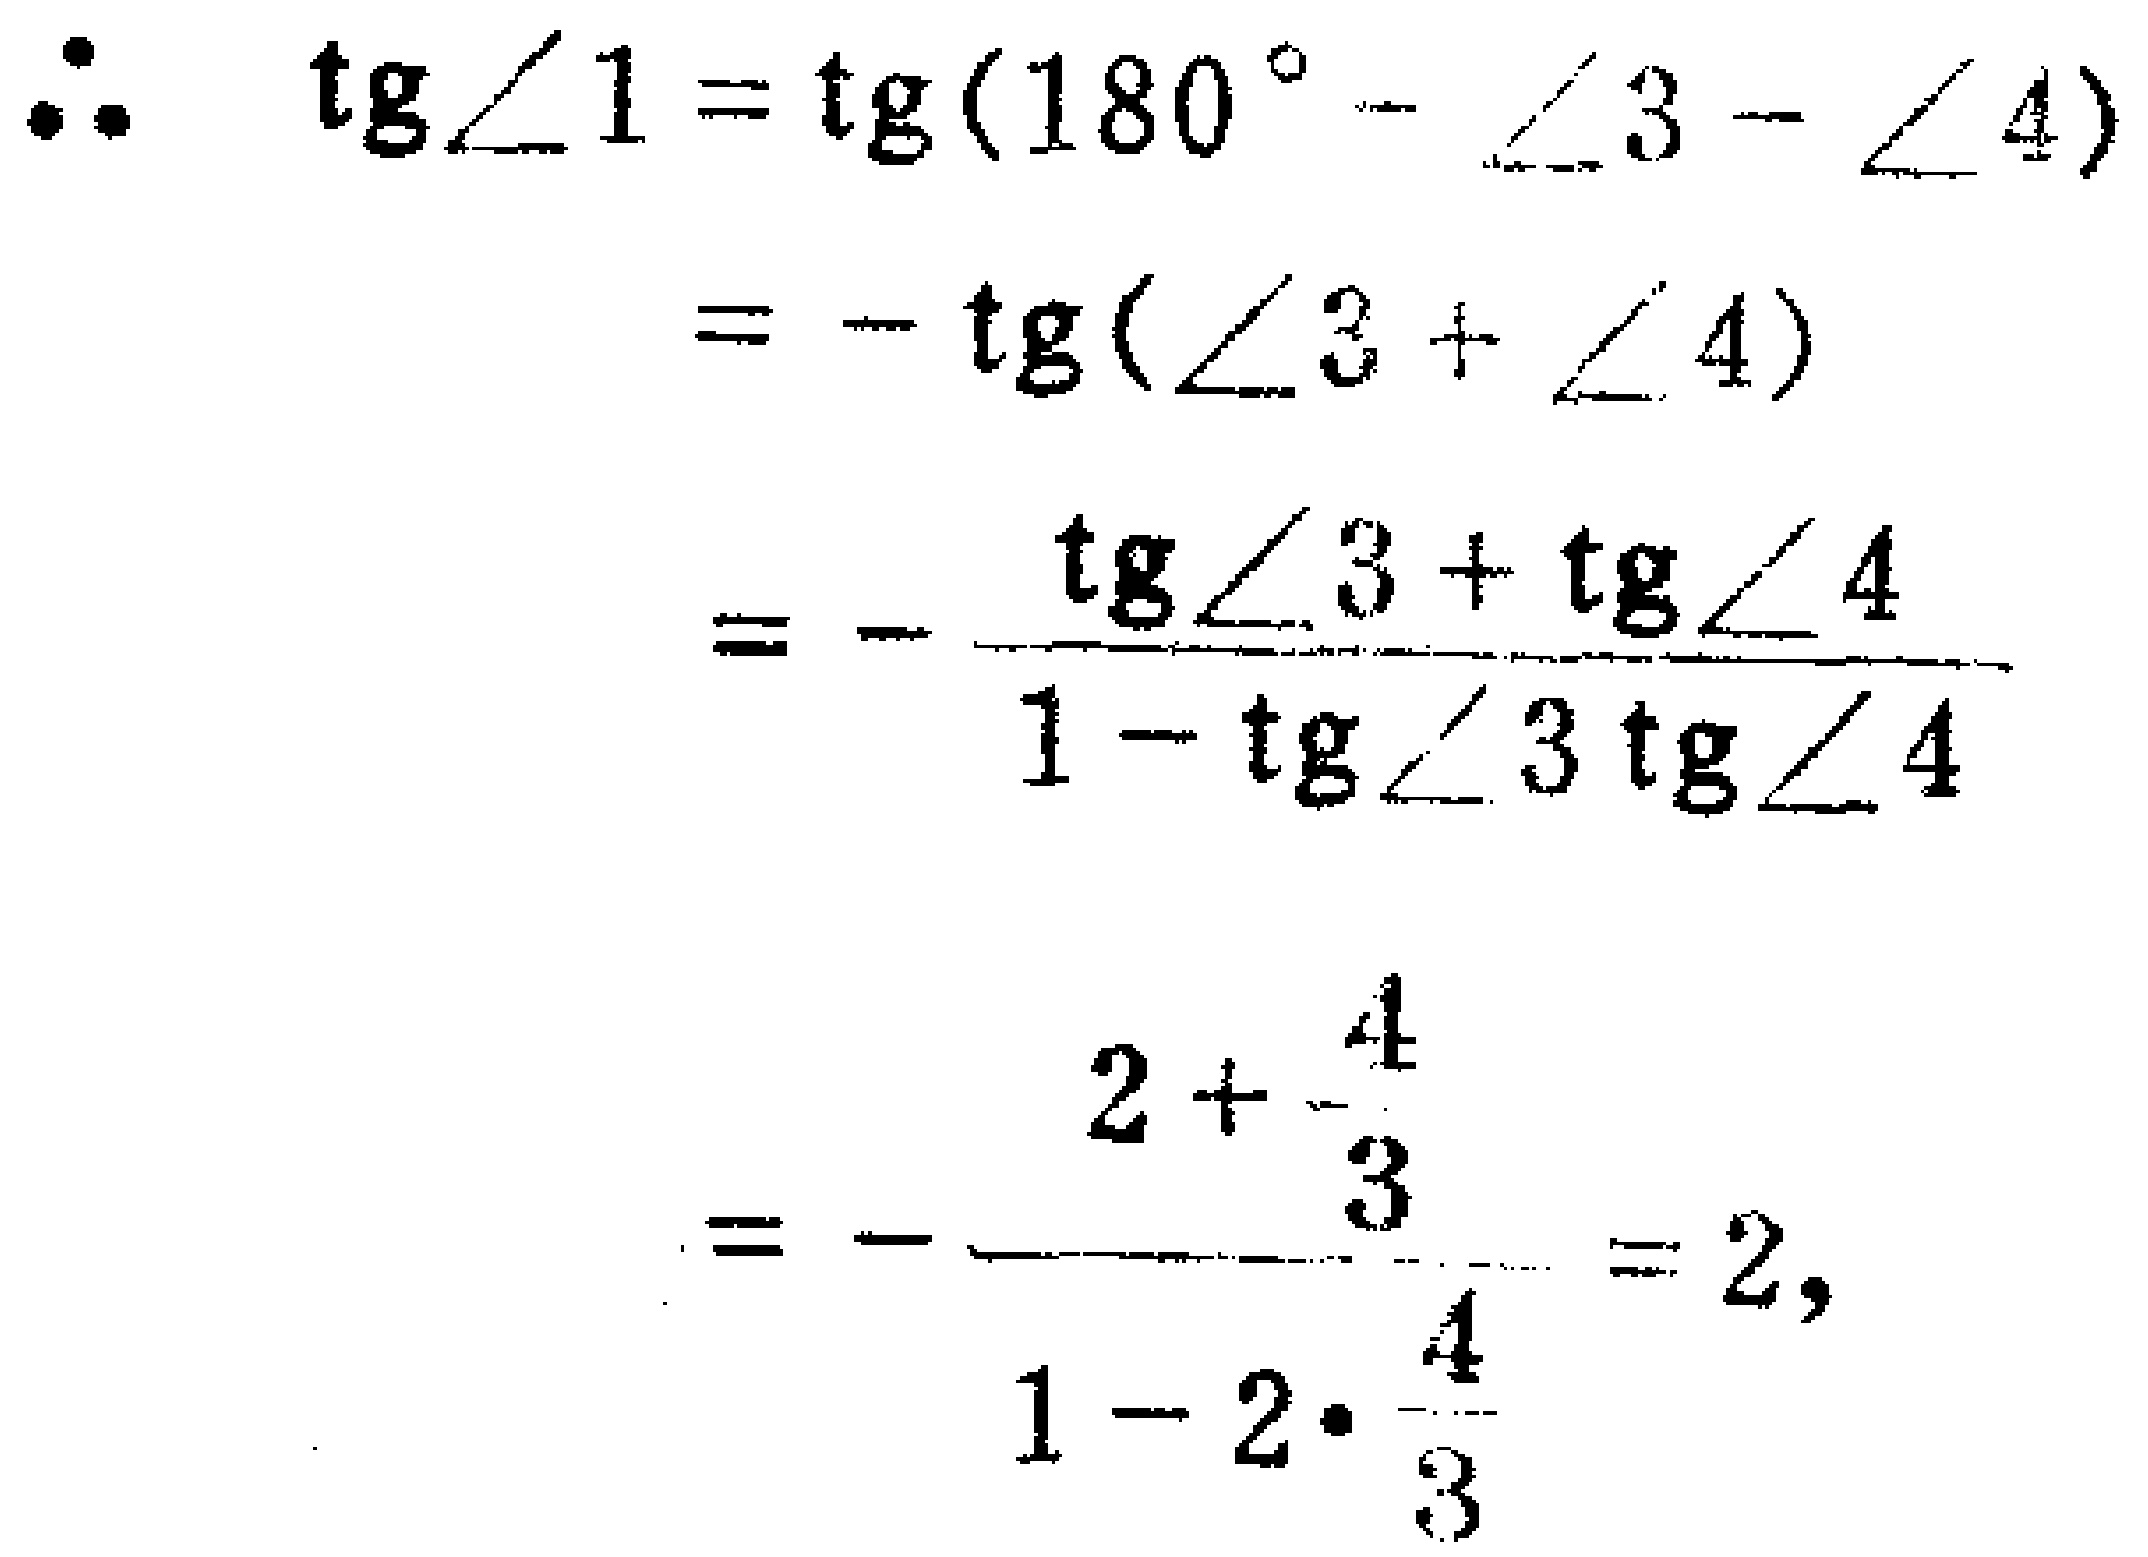
\[\begin{align*}

\therefore\ \tg\angle1&=\tg(180^{\circ}-\angle3 - \angle4)\\

&=-\tg(\angle3+\angle4)\\

&=-\frac{\tg\angle3+\tg\angle4}{1 - \tg\angle3\tg\angle4}\\

&=-\frac{2+\frac{4}{3}}{1 - 2\cdot\frac{4}{3}}=2,

\end{align*}\]